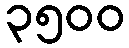
၃၅၀၀